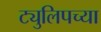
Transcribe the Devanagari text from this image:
ट्युलिपच्या